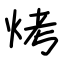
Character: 烤